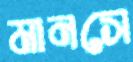
মানসে